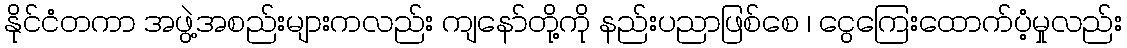
နိုင်ငံတကာ အဖွဲ့အစည်းများကလည်း ကျနော်တို့ကို နည်းပညာဖြစ်စေ ၊ ငွေကြေးထောက်ပံ့မှုလည်း